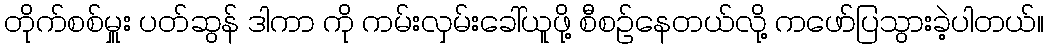
တိုက်စစ်မှူး ပတ်ဆွန် ဒါကာ ကို ကမ်းလှမ်းခေါ်ယူဖို့ စီစဉ်နေတယ်လို့ ကဖော်ပြသွားခဲ့ပါတယ်။